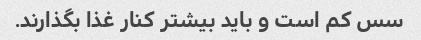
سس کم است و باید بیشتر کنار غذا بگذارند.